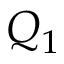
Q _ { 1 }